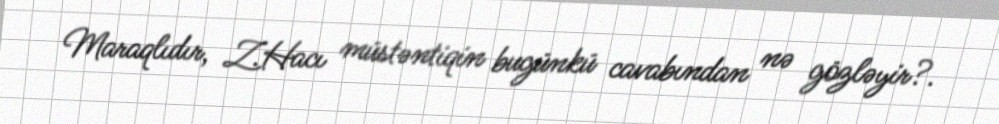
Maraqlıdır, Z.Hacı müstəntiqin bugünkü cavabından nə gözləyir?.